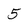
Character: 5